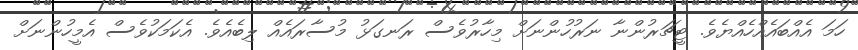
ހަމަ އެއްބައެއްހެއްޔެވެެ. ޓީޗަރުންނާ ނަރުހުންނަށް މިހާރުވެސް ރަނގަޅު މުސާރައެއް ލިބެއެވެ. އެކަމަކުވެސް އެމީހުންނަށް